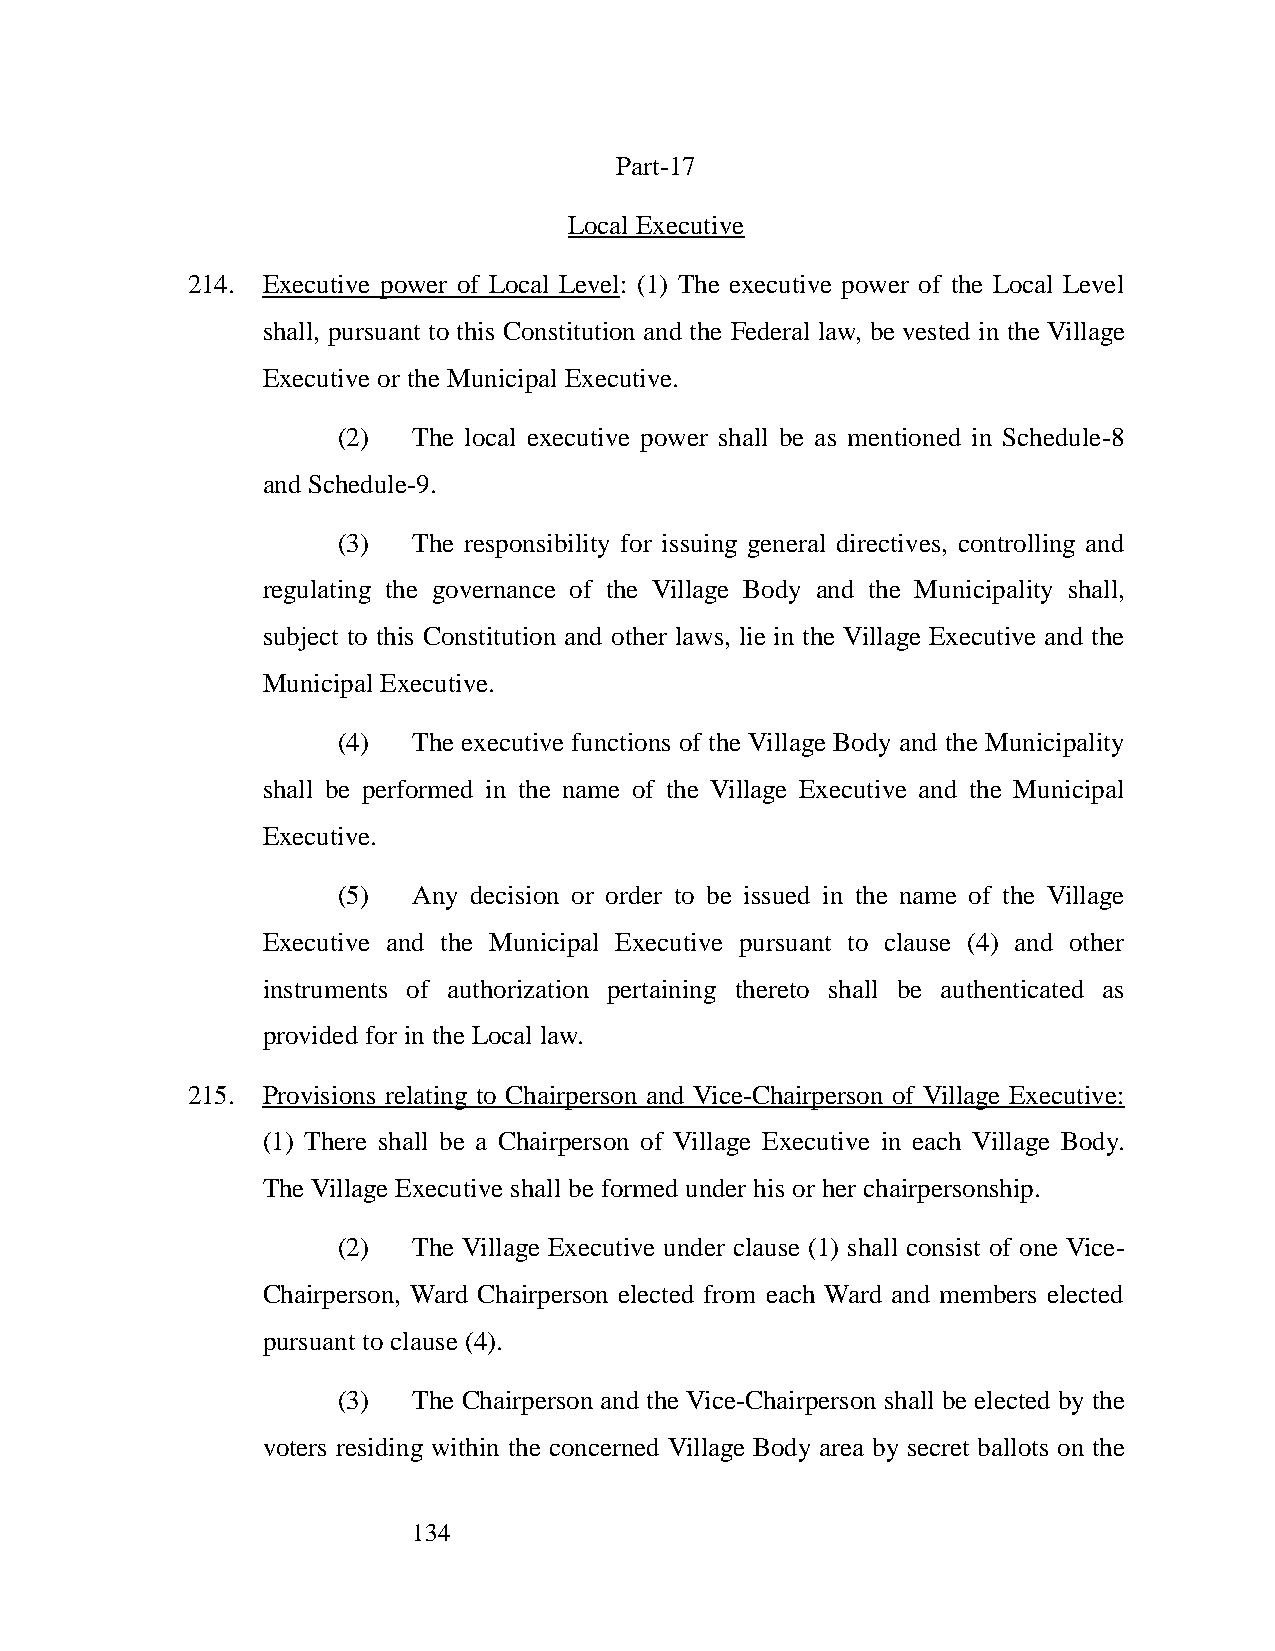
Part-17
 Local Executive
 214. Executive power of Local Level: (1) The executive power of the Local Level
 shall, pursuant to this Constitution and the Federal law, be vested in the Village
 Executive or the Municipal Executive.
 (2)  The local executive power shall be as mentioned in Schedule-8
 and Schedule-9.
 (3)  The responsibility for issuing general directives, controlling and
 regulating the governance of the Village Body and the Municipality shall,
 subject to this Constitution and other laws, lie in the Village Executive and the
 Municipal Executive.
 (4)  The executive functions of the Village Body and the Municipality
 shall be performed in the name of the Village Executive and the Municipal
 Executive.
 (5)  Any decision or order to be issued in the name of the Village
 Executive and the Municipal Executive pursuant to clause (4) and other
 instruments of authorization pertaining thereto shall be authenticated as
 provided for in the Local law.
 215. Provisions relating to Chairperson and Vice-Chairperson of Village Executive:
 (1) There shall be a Chairperson of Village Executive in each Village Body.
 The Village Executive shall be formed under his or her chairpersonship.
 (2)  The Village Executive under clause (1) shall consist of one Vice-
 Chairperson, Ward Chairperson elected from each Ward and members elected
 pursuant to clause (4).
 (3)  The Chairperson and the Vice-Chairperson shall be elected by the
 voters residing within the concerned Village Body area by secret ballots on the
 134